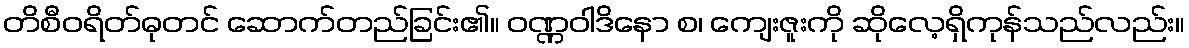
တိစီဝရိတ်ဓုတင် ဆောက်တည်ခြင်း၏။ ဝဏ္ဏဝါဒိနော စ၊ ကျေးဇူးကို ဆိုလေ့ရှိကုန်သည်လည်း။